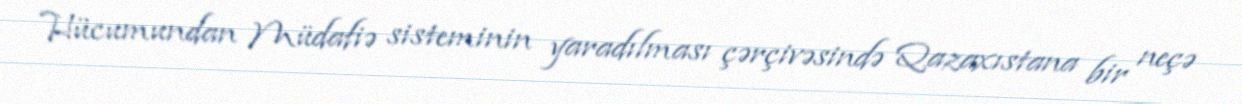
Hücumundan Müdafiə sisteminin yaradılması çərçivəsində Qazaxıstana bir neçə